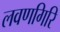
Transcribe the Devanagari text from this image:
लवणगिरि